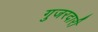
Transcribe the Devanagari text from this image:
गुजरदारी